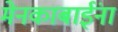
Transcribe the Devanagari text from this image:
मेनकाबाईंना